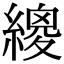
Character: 繌